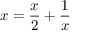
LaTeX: x = { \frac { x } { 2 } } + { \frac { 1 } { x } }